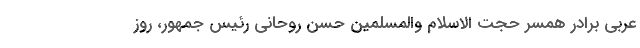
عربی برادر همسر حجت الاسلام والمسلمین حسن روحانی رئیس جمهور، روز